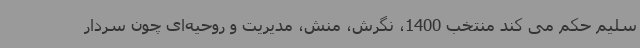
سلیم حکم می کند منتخب 1400، نگرش، منش، مدیریت و روحیه‌ای چون سردار